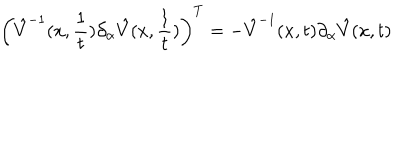
LaTeX: \left( \hat { V } ^ { - 1 } ( x , { \frac { 1 } { t } } ) \partial _ { \alpha } \hat { V } ( x , { \frac { 1 } { t } } ) \right) ^ { T } = - \hat { V } ^ { - 1 } ( x , t ) \partial _ { \alpha } \hat { V } ( x , t )